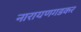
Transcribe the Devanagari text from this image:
नारायणगडकर